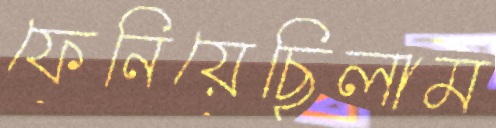
ফেনিয়েছিলাম